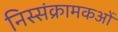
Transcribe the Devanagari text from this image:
निस्संक्रामकओं